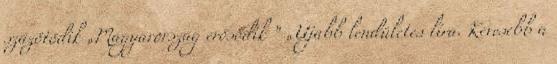
százötödik „Magyarország erősödik ” „Újabb lendületes líra. Kevesebb a